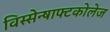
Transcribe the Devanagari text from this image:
विस्सेन्षाफ्टकोलेज